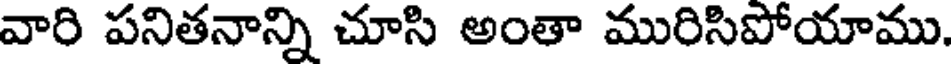
వారి పనితనాన్ని చూసి అంతా మురిసిపోయాము,